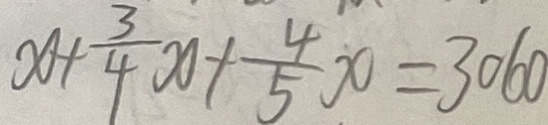
x + \frac { 3 } { 4 } x + \frac { 4 } { 5 } x = 3 0 6 0